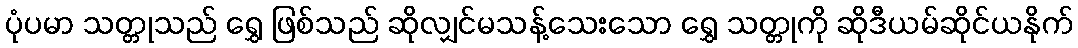
ပုံပမာ သတ္တုသည် ရွှေ ဖြစ်သည် ဆိုလျှင်မသန့်သေးသော ရွှေ သတ္တုကို ဆိုဒီယမ်ဆိုင်ယနိုက်